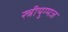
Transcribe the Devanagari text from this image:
स्त्रीयुग्मज